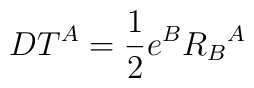
DT^{A}={1\over2}e^{B}{R_{B}}^{A}